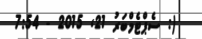
(: ސެޕްޓެމްބަރު 21